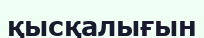
қысқалығын